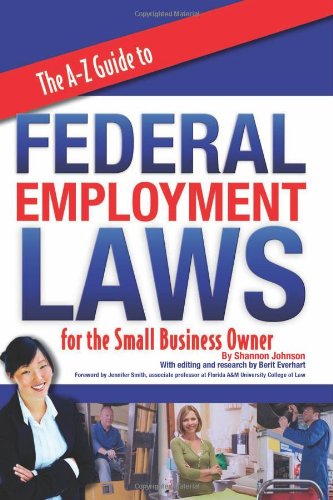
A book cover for The A-Z  Guide to Federal Employment Laws For the Small Business Owner; Atlantic Publishing Company; Business & Money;